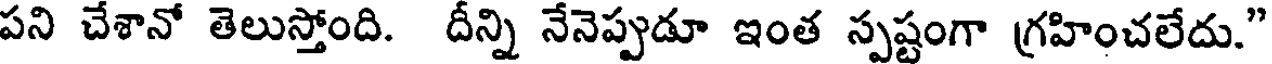
పని చేశానో తెలుస్తోంది. దీన్ని నేనెప్పుడూ ఇంత స్పష్టంగా గ్రహించలేదు."